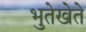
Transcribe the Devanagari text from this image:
भुतेखेते